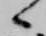
々